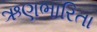
ઋણભારિતા